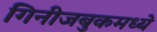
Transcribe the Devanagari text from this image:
गिनीजबुकमध्ये